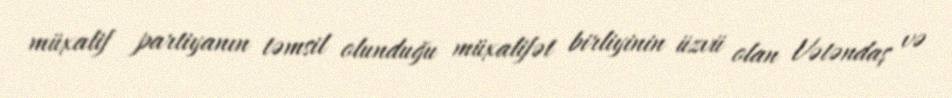
müxalif partiyanın təmsil olunduğu müxalifət birliyinin üzvü olan Vətəndaş və